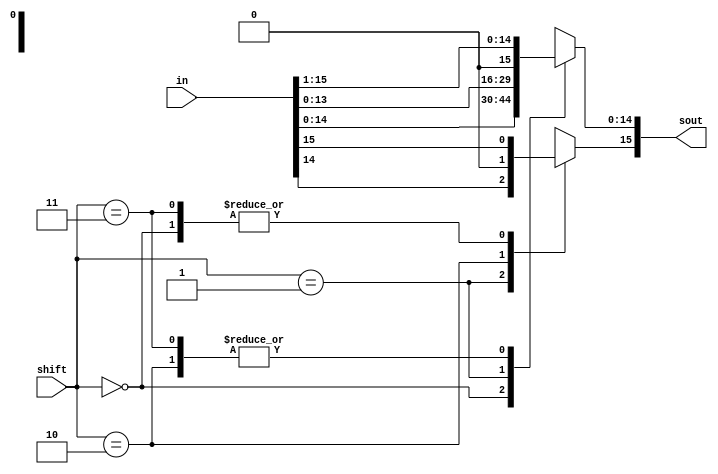
module shifter(in, shift, sout); // Shifter module that performs the shift operations depending on the shift signal.

  input [15:0] in;
  input [1:0] shift;
  output [15:0] sout;

  reg [15:0] sout;
  wire temp_in;

  assign temp_in = in[15];  //assign the MSB of "in" to the "temp_in" wire. This is used for the fourth case in the always block.

  //Always block to check cases for "shifter" input
  always @* begin
    case (shift)
      2'b00: sout = in;       //if "shift" is 00, then don't shift. Assign "in" to "sout".
      2'b01: sout = in << 1;  //if "shift" is 01, then shift "in" to the left by 1 bit position and assign that value to "sout".
      2'b10: sout = in >> 1;  //if "shift" is 10, then shift "in" to the right by 1 bit position and assign that value to "sout".
      2'b11: begin
              sout = in >> 1; //if "shift" is 11, then shift "in" to the right by 1 bit position and assign that value to "sout".
              sout[15] = temp_in; //set the MSB of "sout" to the MSB of "in" before it was shifted.
            end
      default: sout = 16'bxxxx_xxxx_xxxx_xxxx;  //for the default case, set "sout" to 16'bxxxx_xxxx_xxxx_xxxx.
    endcase
  end

endmodule